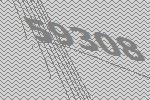
59308